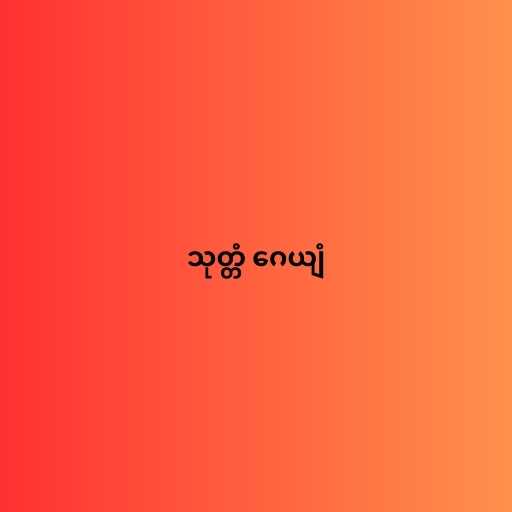
သုတ္တံ ဂေယျံ